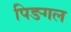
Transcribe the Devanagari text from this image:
पिङगल